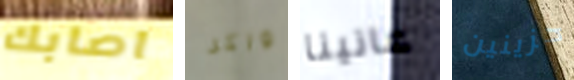
اصابك واكر عانينا حزينين